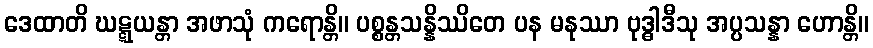
ဒေထာတိ ဃဋ္ဋယန္တာ အဖာသုံ ကရောန္တိ။ ပစ္စန္တသန္နိဿိတေ ပန မနုဿာ ဗုဒ္ဓါဒီသု အပ္ပသန္နာ ဟောန္တိ။